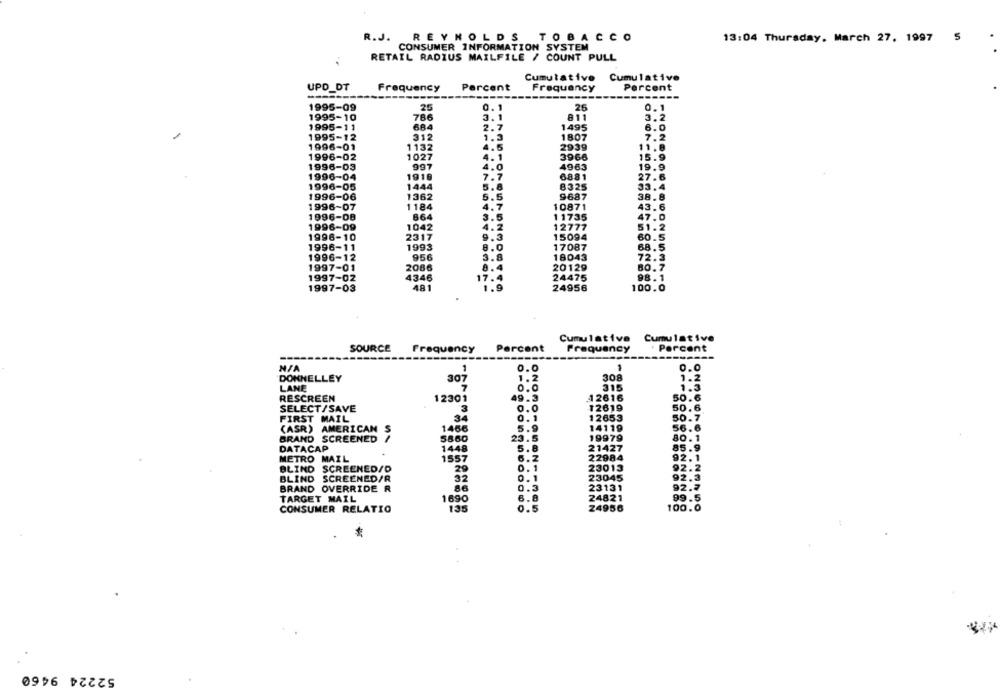
R.J. REYNOLDS TOBACCO
13:04 Thursday, March 27. 1997 5
CONSUMER INFORMATION SYSTEM
RETAIL RADIUS MAILFILE / COUNT PULL
Cumulative
Cumulative
UPD_DT
Frequency
Parcent
Frequency
Percent
------
1995-09
25
0.1
26
0.1
1995-10
786
3.1
811
3.2
1995-11
684
2.7
1495
6.0
1995-12
312
1.3
1807
7.2
1996-01
1132
4.5
2939
11.9
1996-02
1027
4. 1
3966
15.9
1996-03
997
4.0
4963
19.9
1996-04
1916
7.7
6881
27.6
1996-05
1444
5.8
8325
33.4
NONDOODS
1996-06
1362
5.5
9687
38.8
1996-07
1184
4.7
10871
43.6
1996-08
864
3.5
11735
47.0
1996-09
1042
4.2
12777
51.2
2317
9.3
15094
1996-10
60.5
1996-11
1993
8.0
17087
68.5
1996-12
956
3.8
18043
72.3
1997-01
2086
8.4
20129
80. 7
1997-02
4346
17.4
24475
98.1
1997-03
481
1.9
24956
100.0
Cumulative Cumulative
SOURCE
Frequency
Percent
Frequency
Percent
0.0
0.0
DONNELLEY
307
308
1.2
LANE
315
1.3
50.6
RESCREEN
12301
49.3
A2616
SELECT/SAVE
3
12619
50.6
12653
50.7
FIRST MAIL
(ASR)
AMERICAN S
1466
14119
56.6
BRAND SCREENED /
19979
80.1
DATACAP
1448
5.8
21427
85.9
METRO MAIL
1557
6.2
22984
92.1
BLIND
SCREENED/D
29
0.1
23013
92.2
BLIND
SCREENED/R
32
o.i
23045
92.3
92.7
BRAND OVERRIDE R
23131
TARGET MAIL
1690
6.8
24821
99.5
CONSUMER RELATIO
135
Z4956
100.0
52224 9460